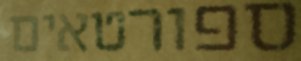
ספורטאים